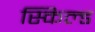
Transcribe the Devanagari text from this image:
स्किल्ड